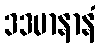
ဒဒမာနာနံ